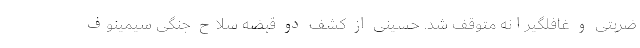
ضربتی و غافلگیرانه متوقف شد. حسینی از کشف دو قبضه سلاح جنگی سیمینوف